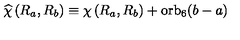
\widehat { \chi } \left( R _ { a } , R _ { b } \right) \equiv \chi \left( R _ { a } , R _ { b } \right) + \mathrm { o r b } _ { 6 } ( b - a )